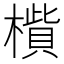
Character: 𣚁